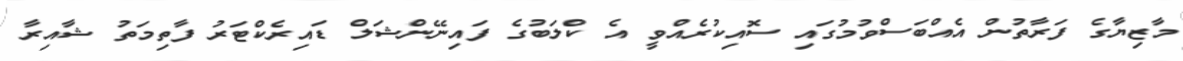
މާޒިޔާގެ ފަރާތުން އެއްބަސްވުމުގައި ސޮއިކުރެއްވީ އެ ކްލަބުގެ ފައިނޭންޝަލް ޑައިރެކްޓަރު ފާތިމަތު ޝާއިރާ